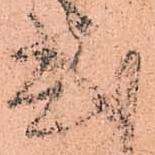
式